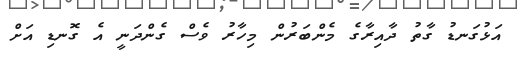
އަޅުގަނޑު ގާތު ދާއިރާގެ މެންބަރުން މިހާރު ވެސް ގެންދަނީ އެ ގޮނޑި އަށް